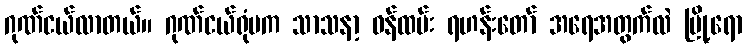
ဂုဏ်ငယ်လာတယ်။ ဂုဏ်ငယ်ရုံမက သာသနာ့ ဝန်ထမ်း ရဟန်းတော် အရေအတွက်လဲ မြို့ရော